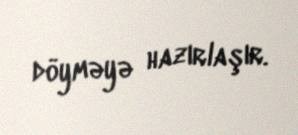
döyməyə hazırlaşır.